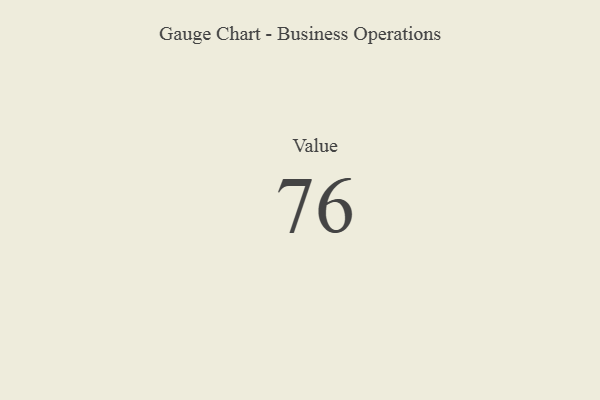
{"axis": {"x": "Metric", "y": "Value"}, "legend": [""], "data": [{"x": "Value", "y": 76, "type": ""}]}